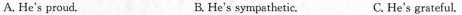
A, He's proud. B. He's sympathetic. C. He's grateful.